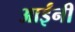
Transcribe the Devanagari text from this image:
आईंनी